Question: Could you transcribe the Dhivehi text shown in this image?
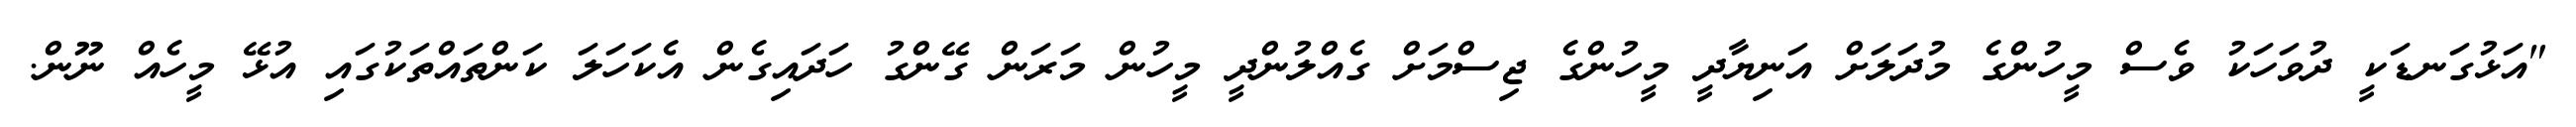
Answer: "އަޅުގަނޑަކީ ދުވަހަކު ވެސް މީހުންގެ މުދަލަށް އަނިޔާދީ މީހުންގެ ޖިސްމަށް ގެއްލުންދީ މީހުން މަރަން ގޭންގު ހަދައިގެން އެކަހަލަ ކަންތައްތަކުގައި އުޅޭ މީހެއް ނޫން.